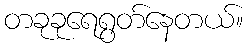
တခုခုရေရွတ်နေတယ်။